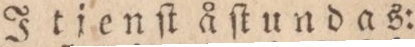
Itjenſt åſtundas: